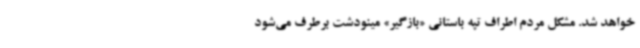
خواهد شد. مشکل مردم اطراف تپه باستانی «بازگیر» مینودشت برطرف می‌شود